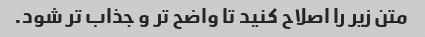
متن زیر را اصلاح کنید تا واضح تر و جذاب تر شود.